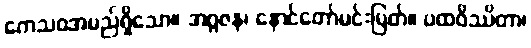
ကေသဝအမည်ရှိသော။ အဂ္ဂဇန၊ နောင်တော်မင်းမြတ်။ ပထဝိဿိတာ၊